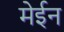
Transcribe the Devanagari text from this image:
मेईन